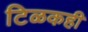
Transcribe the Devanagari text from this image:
टिळकही